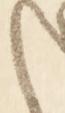
く